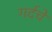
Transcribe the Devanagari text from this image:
गर्दचे